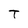
Character: T